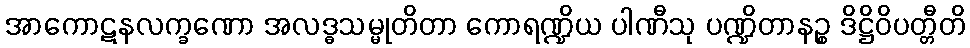
အာကောဋနလက္ခဏော အလဒ္ဓသမ္မုတိတာ ကောရဏ္ဍိယ ပါဏီသု ပဏ္ဍိတာနဉ္စ ဒိဋ္ဌိဝိပတ္တီတိ